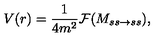
V ( r ) = { \frac { 1 } { 4 m ^ { 2 } } } { \cal F } ( M _ { s s \rightarrow s s } ) ,